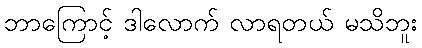
ဘာကြောင့် ဒါလောက် လာရတယ် မသိဘူး